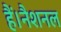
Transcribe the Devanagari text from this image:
हैं।नैशनल